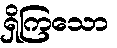
ရှိကြသော